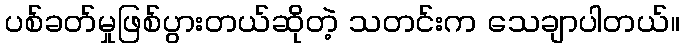
ပစ်ခတ်မှုဖြစ်ပွားတယ်ဆိုတဲ့ သတင်းက သေချာပါတယ်။